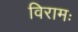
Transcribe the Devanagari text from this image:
विरामः